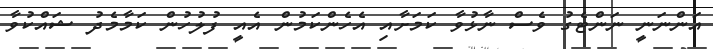
އަންނަނީ ނަންޓެގު ވެސް ނާޅުވާ ކަމަށާއި އެހެންކަމުން އެއީ ފުލުހުން ކަމާމެދު ޝައްކުވާ